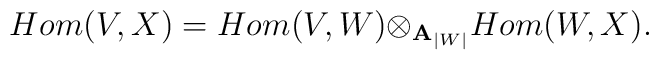
Hom(V,X)=Hom(V,W){\otimes}_{{\bf A}_{|W|}}Hom(W,X).